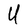
Character: U